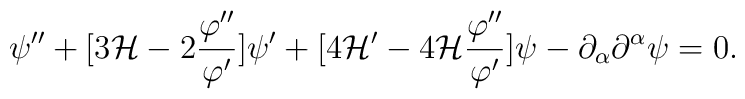
\psi'' + [3 {\cal H} - 2 \frac{\varphi''}{\varphi'}] \psi' + [ 4 {\cal H}' - 4 {\cal H} \frac{\varphi''}{\varphi'}] \psi  - \partial_{\alpha}\partial^{\alpha} \psi=0.